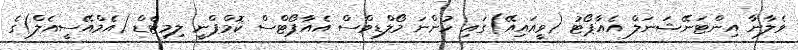
ވެލާނާ އިންޓަނޭޝަނަލް އެއާޕޯޓު (ވީއައިއޭ)ގައި ހުންނަ މޯލްޑިވްސް އެއާޕޯޓްސް ކޮމްޕްނީ ލިމިޓެޑް (އެމްއޭސީއެލް)ގެ